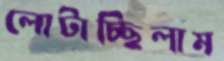
লোটাচ্ছিলাম